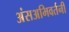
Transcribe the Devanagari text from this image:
अंसअभिवर्तनी